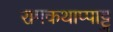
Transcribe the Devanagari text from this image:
रामकथाप्पाट्टु